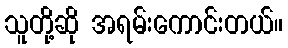
သူတို့ဆို အရမ်းကောင်းတယ်။